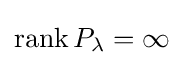
\mathrm {rank} \,P_{\lambda }=\infty